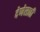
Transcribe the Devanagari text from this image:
देणेसाठी